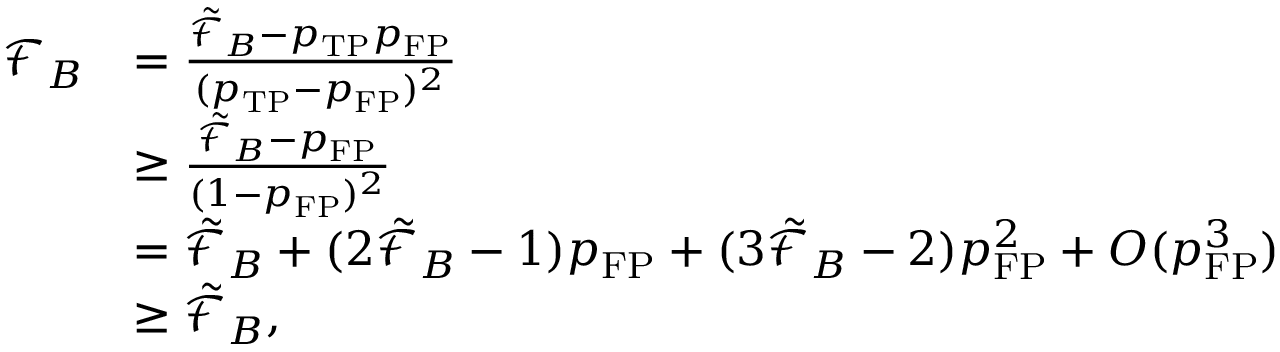
\begin{array} { r l } { \mathcal { F } _ { B } } & { = \frac { \tilde { \mathcal { F } } _ { B } - p _ { \mathrm { T P } } p _ { \mathrm { F P } } } { ( p _ { \mathrm { T P } } - p _ { \mathrm { F P } } ) ^ { 2 } } } \\ & { \ge \frac { \tilde { \mathcal { F } } _ { B } - p _ { \mathrm { F P } } } { ( 1 - p _ { \mathrm { F P } } ) ^ { 2 } } } \\ & { = \tilde { \mathcal { F } } _ { B } + ( 2 \tilde { \mathcal { F } } _ { B } - 1 ) p _ { \mathrm { F P } } + ( 3 \tilde { \mathcal { F } } _ { B } - 2 ) p _ { \mathrm { F P } } ^ { 2 } + O ( p _ { \mathrm { F P } } ^ { 3 } ) } \\ & { \ge \tilde { \mathcal { F } } _ { B } , } \end{array}